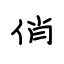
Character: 俏